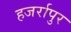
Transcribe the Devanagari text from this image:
हजर्रापुर